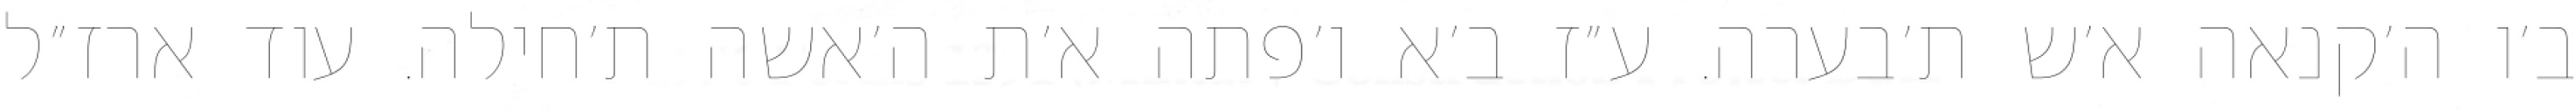
ב׳ו ה׳קנאה א׳ש ת׳בערה. ע״ז ב׳א ו׳פתה א׳ת ה׳אשה ת׳חילה. עוד ארז״ל